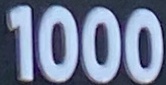
1000